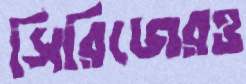
সিরিজেরও